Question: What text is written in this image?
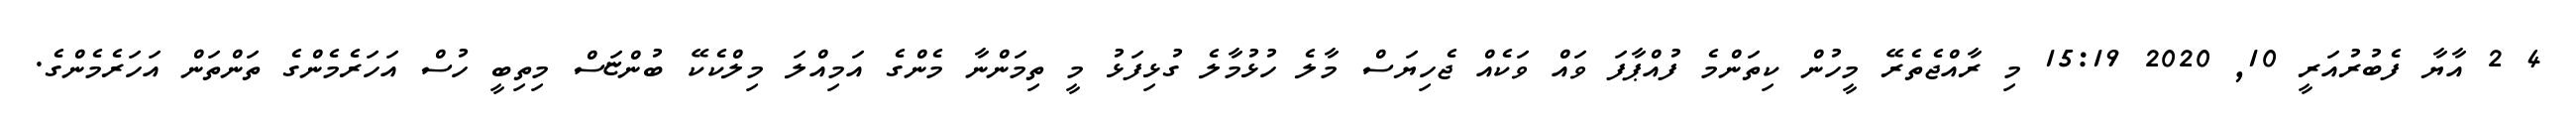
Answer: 4 2 އާޔާ ފެބުރުއަރީ 10, 2020 15:19 މި ރާއްޖެތެރޭ މީހުން ކިތަންމެ ފުއްޕާފަ ވައް ވަކެއް ޖެހިޔަސް މާލެ ހުޅުމާލެ ގުޅިފަޅު މީ ތިމަންނާ މެންގެ އަމިއްލަ މިލްކެކޭ ބުންޏަސް މިތިބީ ހުސް އަހަރެމެންގެ ތަންތަން އަހަރެމެންގެ.